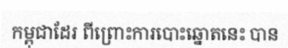
កម្ពុជាដែរ ពីព្រោះការបោះឆ្នោតនេះ បាន